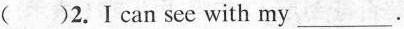
( )2.Ⅰ can see with my ___